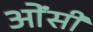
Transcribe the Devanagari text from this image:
ओंसी